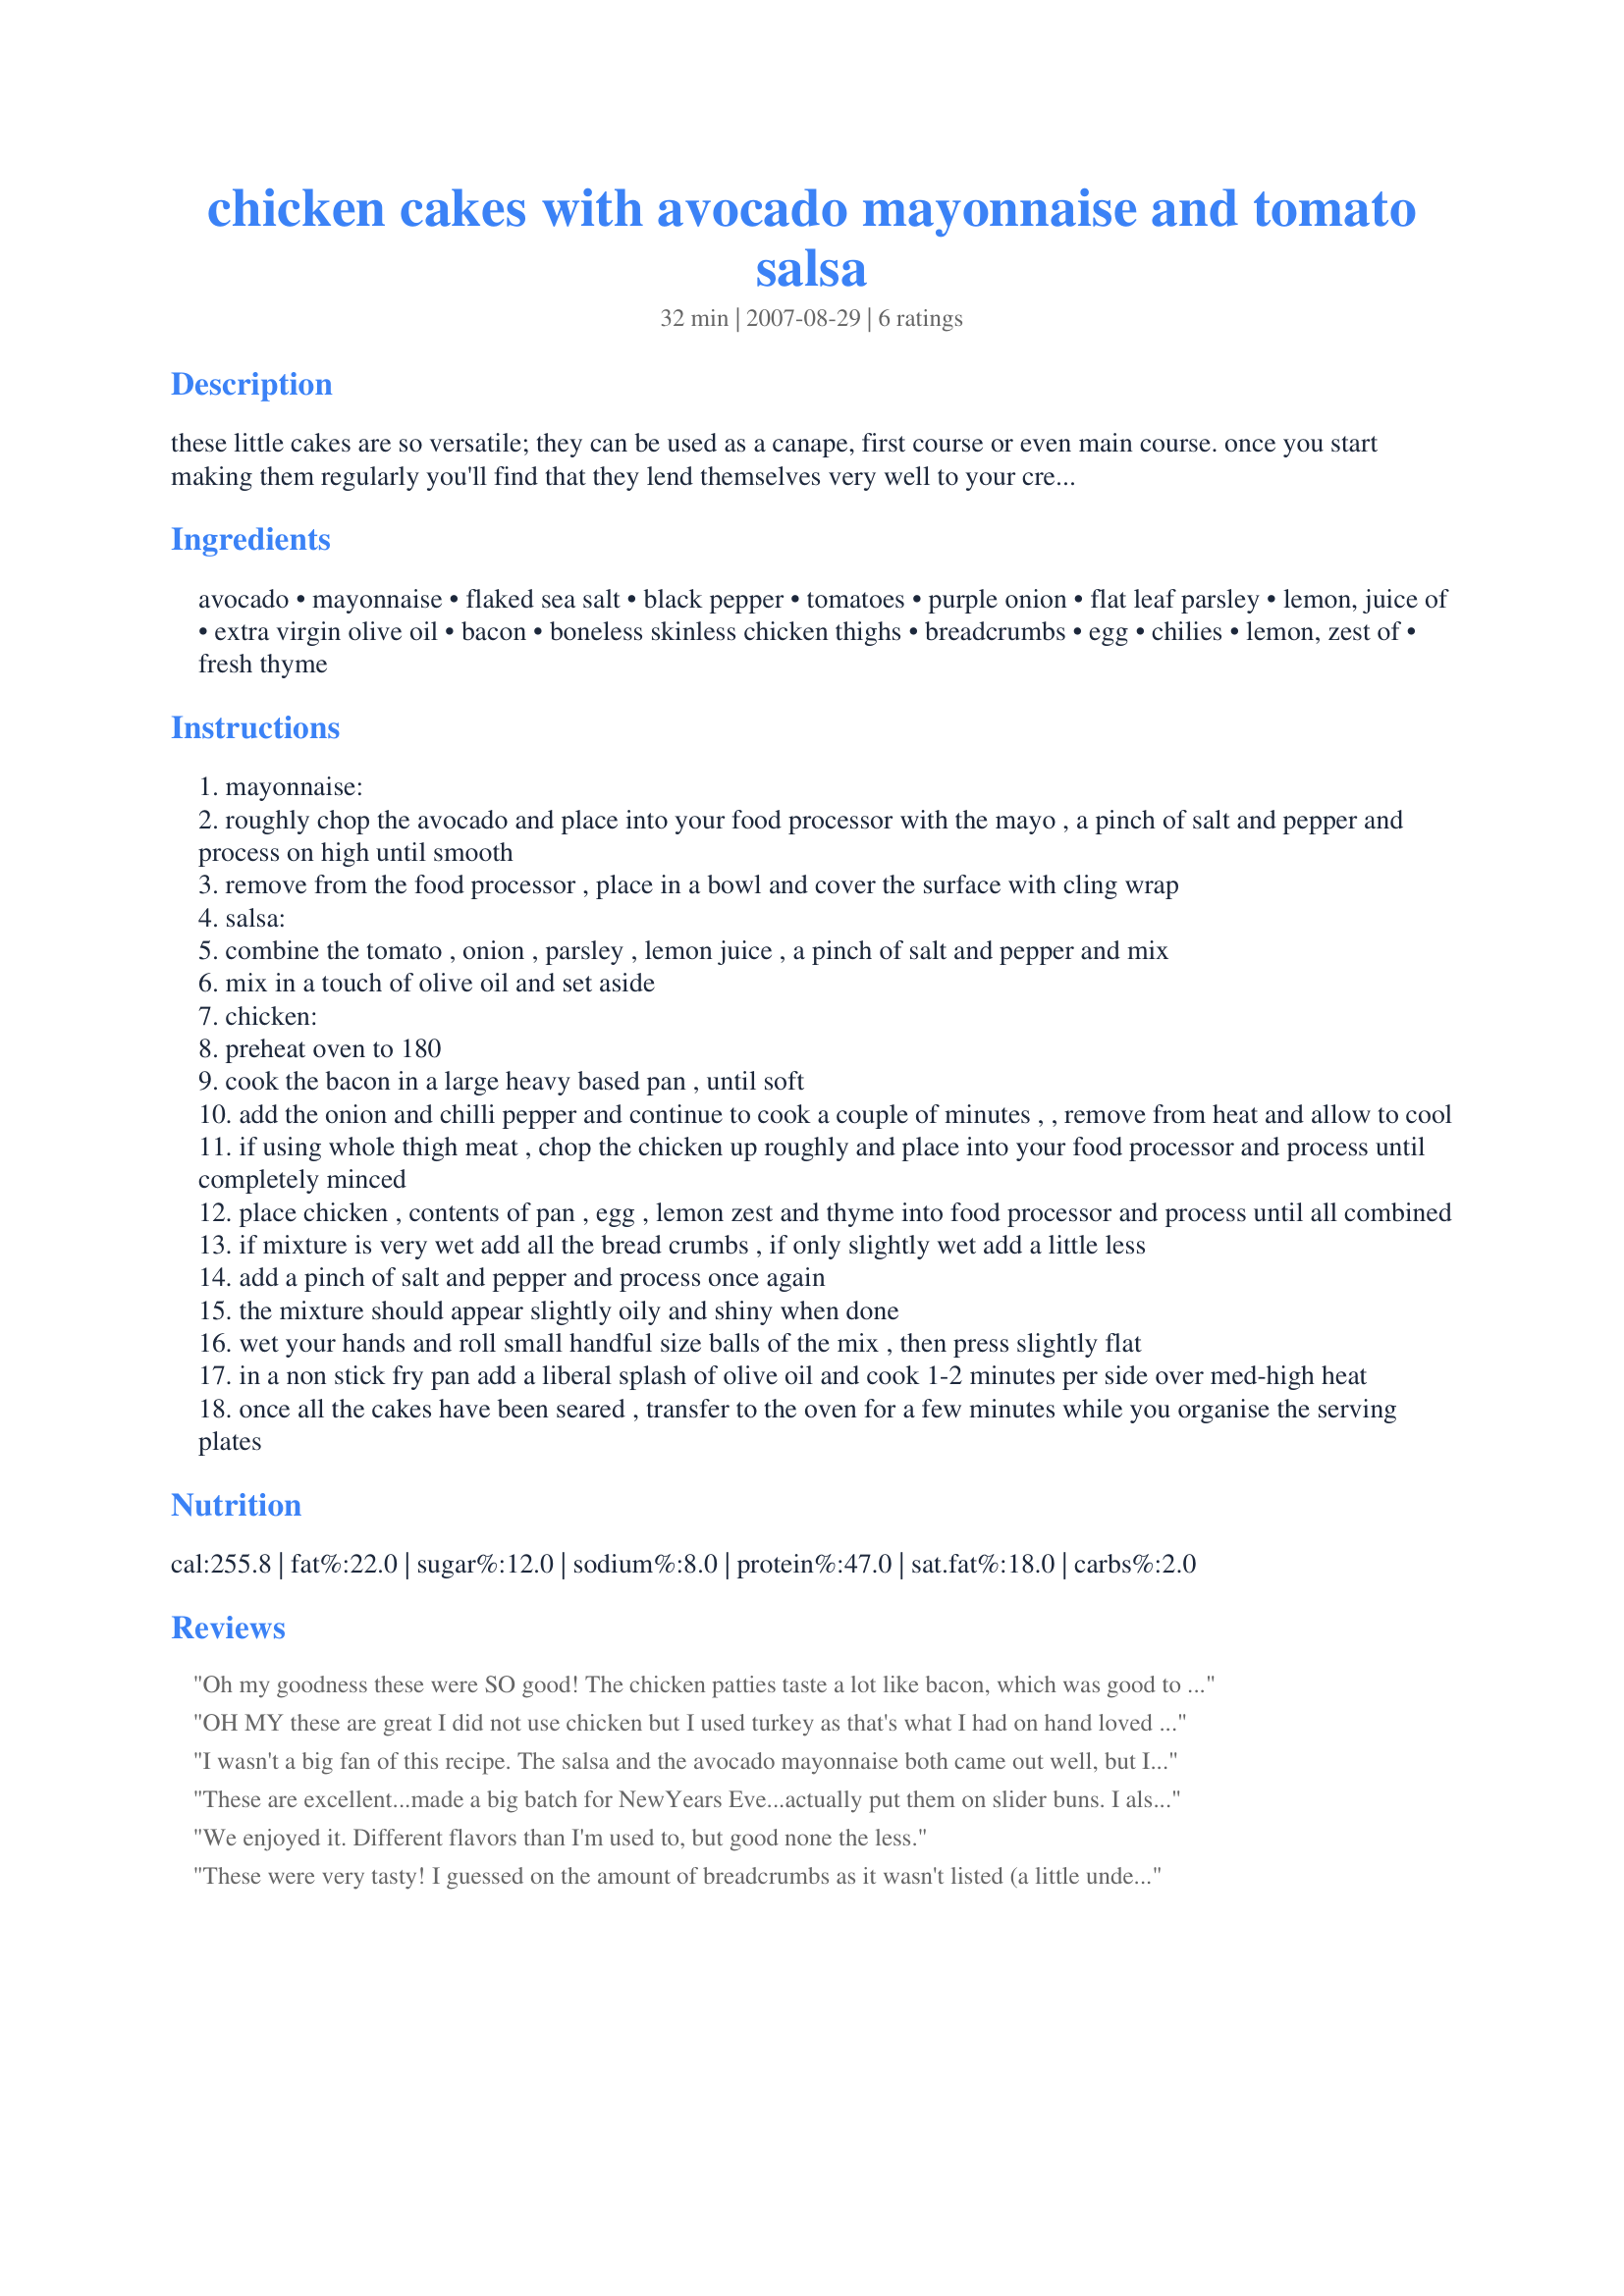
chicken cakes with avocado mayonnaise and tomato salsa
Preparation time: 32 minutes

these little cakes are so versatile; they can be used as a canape, first course or even main course. once you start making them regularly you'll find that they lend themselves very well to your creativity. simply drop the ingredients listed below the egg and add your own creations. whether it be cajun, lemon & pepper, ginger & lemongrass, onion & dill, or cashew & coriander they will definitely become a favourite.
for a first course: place a bit of colourful lettuce on the plate, then a cake, then a bit of salsa, then stack another cake on that, then finally place a little avocado mayonnaise on that.
for a main course: lean a couple of cakes on one another, top with a bit of salsa and serve next to some nice grilled vegetables with the mayo on the side.

Ingredients:
avocado, mayonnaise, flaked sea salt, black pepper, tomatoes, purple onion, flat leaf parsley, lemon, juice of, extra virgin olive oil, bacon, boneless skinless chicken thighs, breadcrumbs, egg, chilies, lemon, zest of, fresh thyme

Steps:
mayonnaise:
roughly chop the avocado and place into your food processor with the mayo , a pinch of salt and pepper and process on high until smooth
remove from the food processor , place in a bowl and cover the surface with cling wrap
salsa:
combine the tomato , onion , parsley , lemon juice , a pinch of salt and pepper and mix
mix in a touch of olive oil and set aside
chicken:
preheat oven to 180
cook the bacon in a large heavy based pan , until soft
add the onion and chilli pepper and continue to cook a couple of minutes , , remove from heat and allow to cool
if using whole thigh meat , chop the chicken up roughly and place into your food processor and process until completely minced
place chicken , contents of pan , egg , lemon zest and thyme into food processor and process until all combined
if mixture is very wet add all the bread crumbs , if only slightly wet add a little less
add a pinch of salt and pepper and process once again
the mixture should appear slightly oily and shiny when done
wet your hands and roll small handful size balls of the mix , then press slightly flat
in a non stick fry pan add a liberal splash of olive oil and cook 1-2 minutes per side over med-high heat
once all the cakes have been seared , transfer to the oven for a few minutes while you organise the serving plates

Reviews:
Oh my goodness these were SO good! The chicken patties taste a lot like bacon, which was good to us! I made as written except for adding the juice of one lemon to the avocado mayo.
OH MY these are great I did not use chicken but I used turkey as that's what I had on hand loved the fresh flavor that the lemon brings and dipped in the avocado mayo it is soo perrrfect!! I hid some away and had for breakfast with an herbed bagel too good. PROPS to you wonderful recipe!!!
I wasn't a big fan of this recipe. The salsa and the avocado mayonnaise both came out well, but I thought that the actual chicken cakes tasted more like sausage than what I was expecting (which was something akin to a crab cake). Maybe this was because the measurements for some of the ingredients (like the bread crumbs) weren't included? In any case, not bad, but just not to my family's liking.
These are excellent...made a big batch for NewYears Eve...actually put them on slider buns. I also added some chipotle seasoning to goose up the flavor a bit...compliments the aioli very well. Will most certainly make again!
We enjoyed it. Different flavors than I'm used to, but good none the less.
These were very tasty! I guessed on the amount of breadcrumbs as it wasn't listed (a little under 1 cup worked for me), and I used fresh coriander in place of both the thyme and the parsley. I think next time I would use lime juice instead of lemon in the salsa and a squeeze of lime in the cakes themselves as well. Thanks darang61! Made for PAC Fall 2007.
